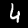
Digit: 4